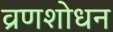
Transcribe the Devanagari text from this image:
व्रणशोधन